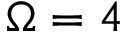
\Omega = 4